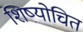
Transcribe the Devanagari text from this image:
शिष्योचित